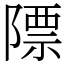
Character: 䧣